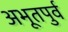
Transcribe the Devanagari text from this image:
अभूतपुर्व